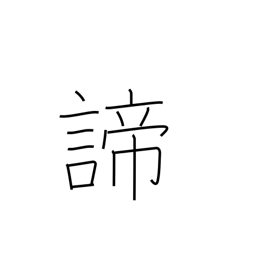
Meaning: truth